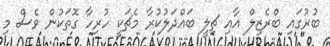
ބުރުގައި ބްރެޒިލް އާއި ޗިލީ ބައްދަލުކުރާ މެޗަކީ ހުރިހާ ގޮތަކުން ވެސް މި